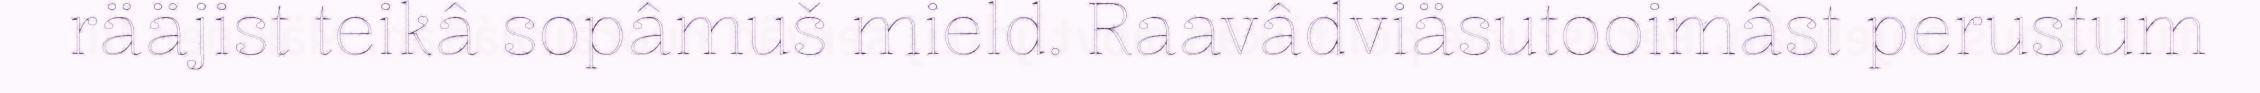
rääjist teikâ sopâmuš mield. Raavâdviäsutooimâst perustum